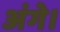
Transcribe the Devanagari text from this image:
अंगे।